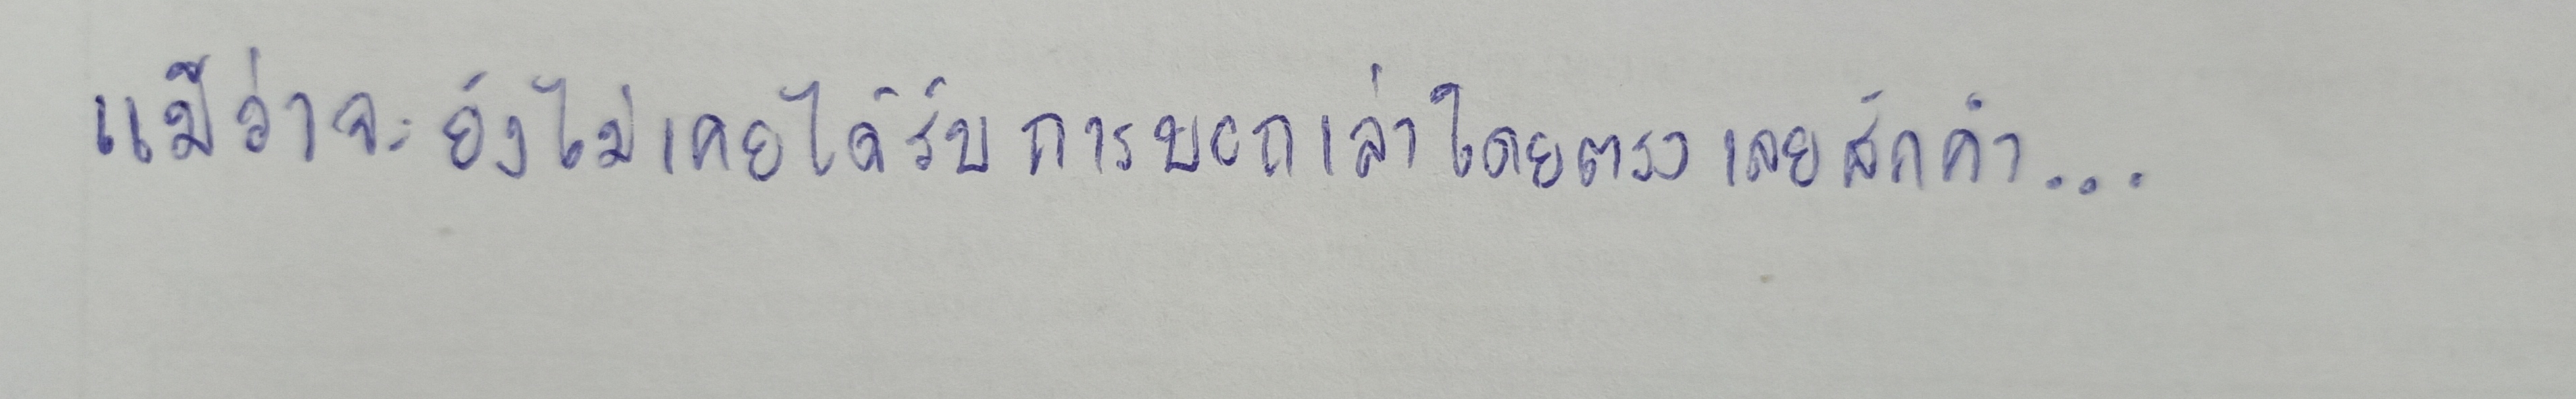
แม้ว่าจะยังไม่เคยได้รับการบอกเล่าโดยตรงเลยสักคำ...